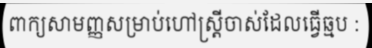
ពាក្យសាមញ្ញសម្រាប់ហៅស្ត្រីចាស់ដែលធ្វើឆ្មប :